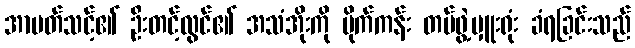
အာပတ်သင့်၏ ဦးတင့်လွင်၏ အသံအိုးကို မိုက်ကန်း တပ်ဖွဲ့မှူးရုံး ခံရခြင်းသည်